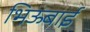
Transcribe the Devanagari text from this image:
भिऊबाई